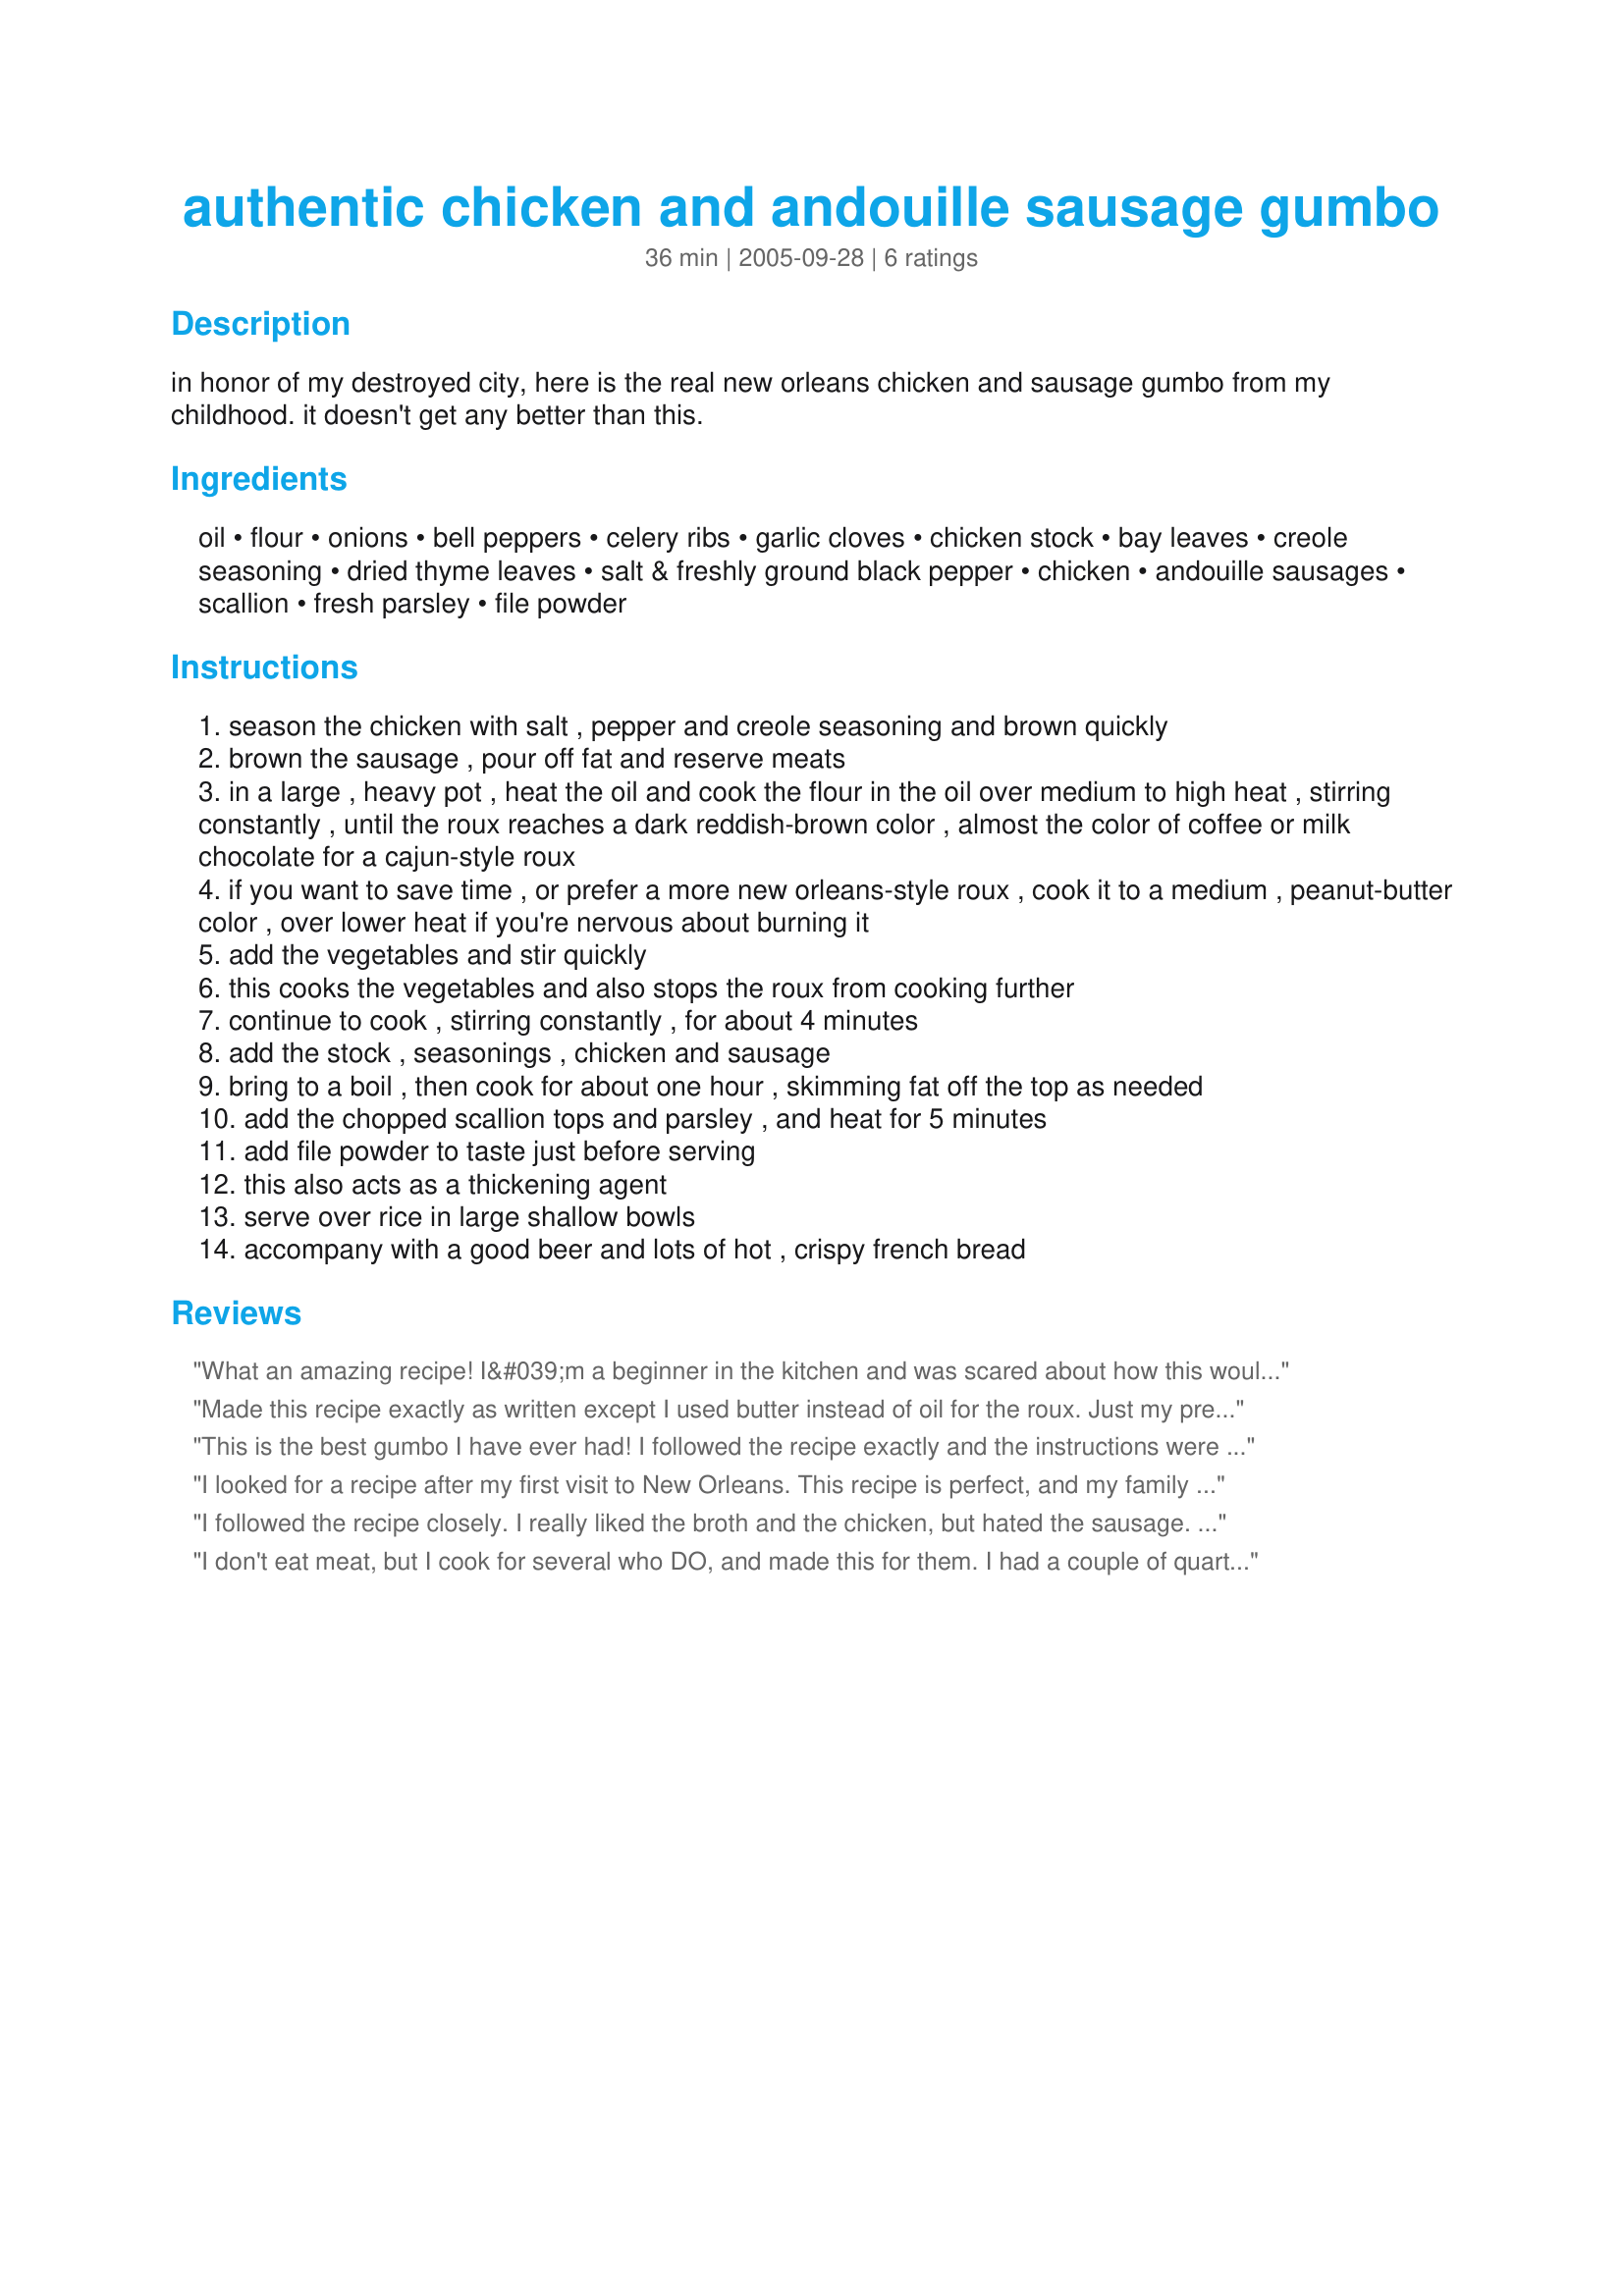
authentic chicken and andouille sausage gumbo
Preparation time: 36 minutes

in honor of my destroyed city, here is the real new orleans chicken and sausage gumbo from my childhood. it doesn't get any better than this.

Ingredients:
oil, flour, onions, bell peppers, celery ribs, garlic cloves, chicken stock, bay leaves, creole seasoning, dried thyme leaves, salt & freshly ground black pepper, chicken, andouille sausages, scallion, fresh parsley, file powder

Steps:
season the chicken with salt , pepper and creole seasoning and brown quickly
brown the sausage , pour off fat and reserve meats
in a large , heavy pot , heat the oil and cook the flour in the oil over medium to high heat , stirring constantly , until the roux reaches a dark reddish-brown color , almost the color of coffee or milk chocolate for a cajun-style roux
if you want to save time , or prefer a more new orleans-style roux , cook it to a medium , peanut-butter color , over lower heat if you're nervous about burning it
add the vegetables and stir quickly
this cooks the vegetables and also stops the roux from cooking further
continue to cook , stirring constantly , for about 4 minutes
add the stock , seasonings , chicken and sausage
bring to a boil , then cook for about one hour , skimming fat off the top as needed
add the chopped scallion tops and parsley , and heat for 5 minutes
add file powder to taste just before serving
this also acts as a thickening agent
serve over rice in large shallow bowls
accompany with a good beer and lots of hot , crispy french bread

Reviews:
What an amazing recipe! I&#039;m a beginner in the kitchen and was scared about how this would turn out but was pleasantly surprised. The flavor is rich and everyone loved it! I ended up adding okra and shrimp to the recipe. I would definitely recommend this recipe. I know I&#039;ll make it again. Thanks!
Made this recipe exactly as written except I used butter instead of oil for the roux. Just my preference. Made it for a Mardi Gras party, and everyone LOVED it! Great recipe! Absolutely delicious!
This is the best gumbo I have ever had! I followed the recipe exactly and the instructions were easy to follow. I have made a roux several times before and prefer the darker Cajun- style roux. Thanks for taking the time to post such a time honored recipe! This is truely the REAL THING.
I looked for a recipe after my first visit to New Orleans. This recipe is perfect, and my family loves it. I make it often. Thank you so much for sharing it with me.
I followed the recipe closely. I really liked the broth and the chicken, but hated the sausage. Perhaps the andouille sausage in NM is not authentic (I wouldn&#039;t be surprised) but both hubby and I thought it detracted rather than added to the mix. Perhaps I&#039;ll try smoked sausage, such as keilbasa, next time. The overall flavor of the broth was fabulous. The color of the soup was bland and not very attractive, however.
I don't eat meat, but I cook for several who DO, and made this for them. I had a couple of quarts of rich turkey/ham broth made with the Thanksgiving bones, so used that in place of the chicken stock. Otherwise, I made it exactly as written, and it got RAVES! Okay, I admit, I snuck a tiny taste, and yes indeed, it rocked. I can see why my husband didn't even want any rice with it! I'll post a photo of the enormous pot of this wonderful gumbo. Thanks, Spaghetti Soprano!
